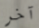
آخر